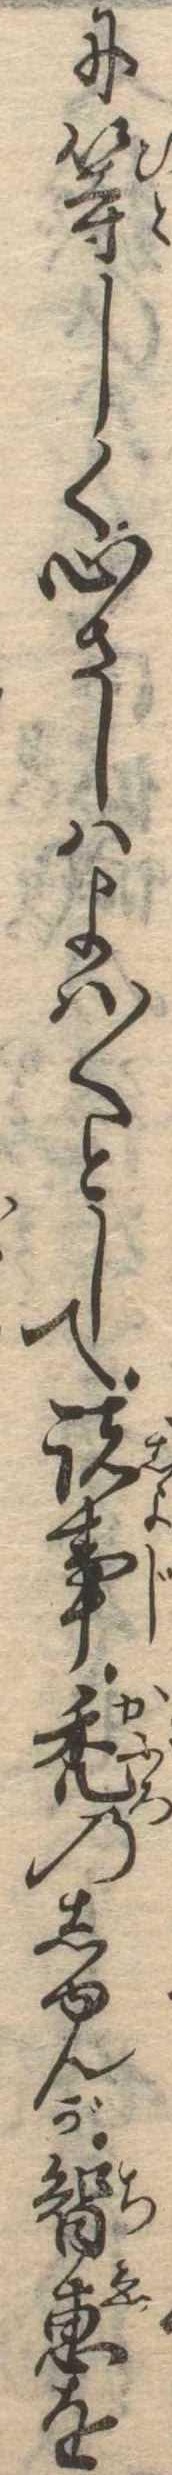
に等しく心さしはよは〱として諸事禿のしゆんが智恵を